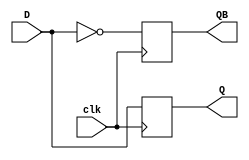
`timescale 1ns / 1ps
//////////////////////////////////////////////////////////////////////////////////
// Company: 
// Engineer: 
// 
// Design Name: 
// Module Name: D_FF
// Project Name: 
// Target Devices: 
// Tool Versions: 
// Description: 
// 
// Dependencies: 
// 
// Revision:
// Revision 0.01 - File Created
// Additional Comments:
// 
//////////////////////////////////////////////////////////////////////////////////


module D_FF(
    input clk,
    input D,
    output reg Q,
    output reg QB
    );
    always @ (posedge clk) begin
        Q <= D;
        QB <= ~D;
    end
endmodule